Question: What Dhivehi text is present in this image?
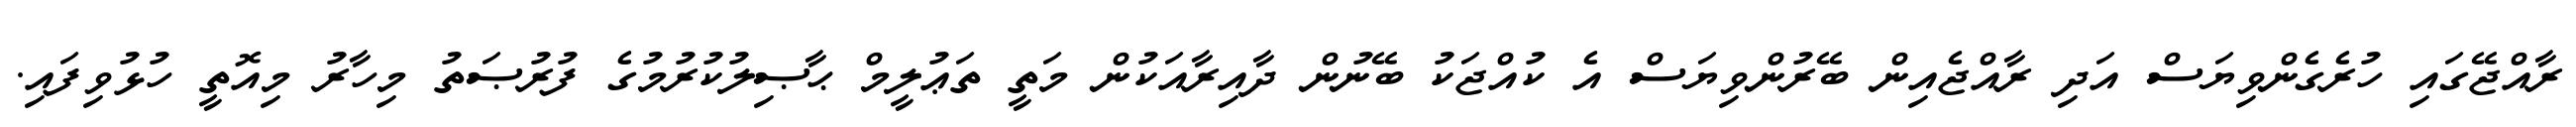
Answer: ރާއްޖޭގައި ހުރެގެންވިޔަސް އަދި ރާއްޖެއިން ބޭރުންވިޔަސް އެ ކުއްޖަކު ބޭނުން ދާއިރާއަކުން މަތީ ތަޢުލީމް ޙާޞިލުކުރުމުގެ ފުރުޞަތު މިހާރު މިއޮތީ ހުޅުވިފައި.